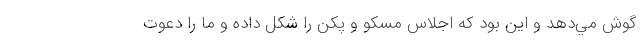
گوش مي‌دهد و اين بود كه اجلاس مسكو و پكن را شكل داده و ما را دعوت